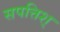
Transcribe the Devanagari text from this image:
सपत्तिश्